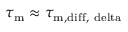
\tau _ { \mathrm { m } } \approx \tau _ { \mathrm { m , d i f f , \ d e l t a } }